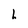
Character: h